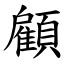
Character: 顧